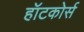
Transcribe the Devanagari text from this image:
हॉटकोर्स